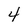
Character: 4